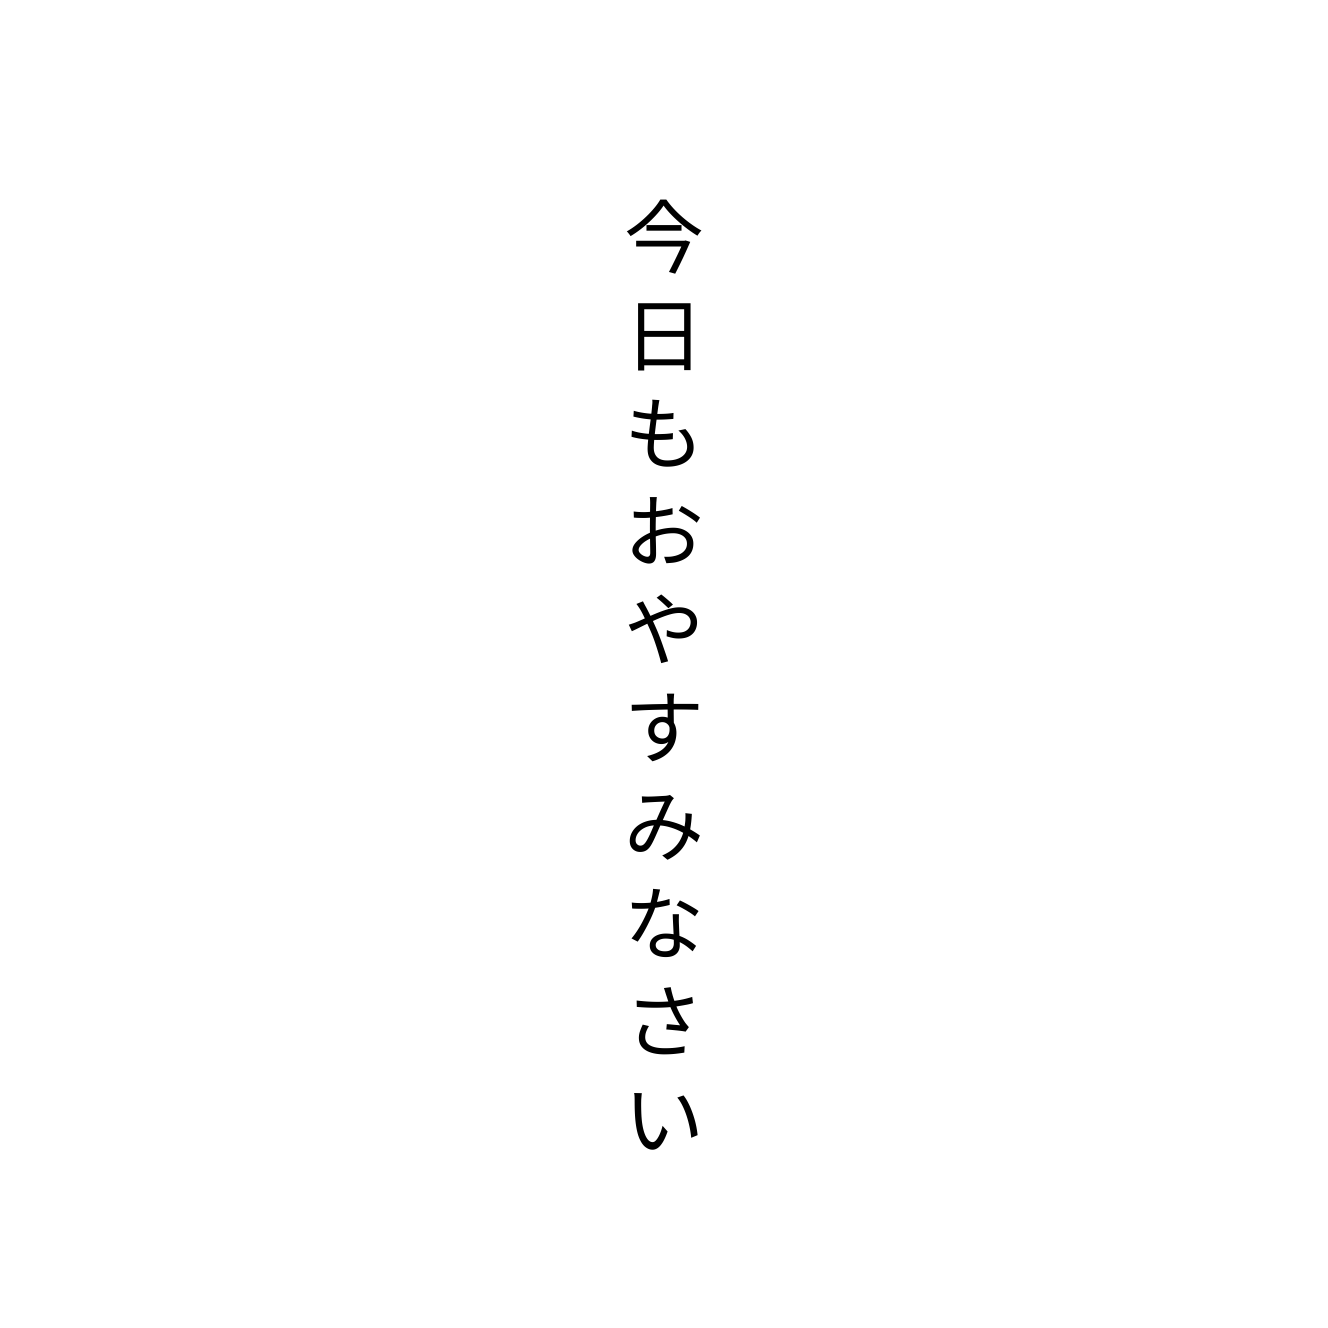
今日もおやすみなさい